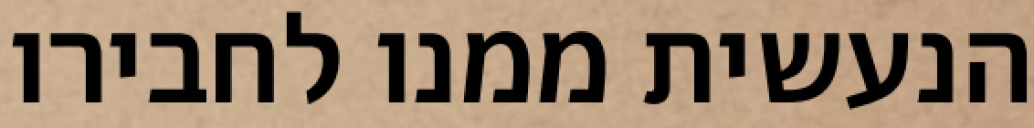
הנעשית ממנו לחבירו